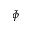
\bar { \phi }